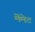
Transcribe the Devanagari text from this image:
मेंमेट